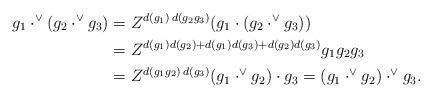
LaTeX: \begin{align*}g_1\cdot^\vee (g_2 \cdot^\vee g_3) & = Z^{d(g_1) \, d(g_2 g_3) } (g_1 \cdot (g_2 \cdot^\vee g_3 )) \\& =Z^{d(g_1) d(g_2) + d(g_1) d(g_3) + d(g_2)d(g_3)} g_1 g_2 g_3\\&= Z^{d(g_1 g_2) \, d(g_3) } (g_1 \cdot^\vee g_2) \cdot g_3= (g_1 \cdot^\vee g_2) \cdot^\vee g_3 .\end{align*}